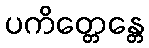
ပကိတ္တေန္တေ